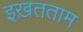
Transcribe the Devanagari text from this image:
इख़तताम